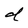
Character: d